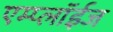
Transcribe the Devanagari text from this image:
एम्प्लॉईज